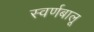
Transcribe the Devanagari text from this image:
स्वर्णबालू